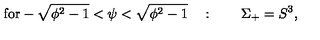
\mathrm { f o r - \sqrt { \phi ^ 2 - 1 } < \psi < \sqrt { \phi ^ 2 - 1 } } \quad : \qquad \Sigma _ { + } = S ^ { 3 } ,